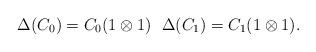
LaTeX: \begin{align*}\Delta(C_0)=C_0 (1\otimes 1)\ \ \Delta(C_1)=C_1 (1\otimes 1).\end{align*}